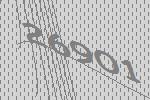
26901